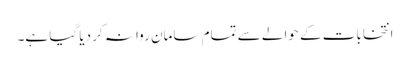
انتخابات کے حوالے سے تمام سامان روانہ کر دیا گیا ہے۔